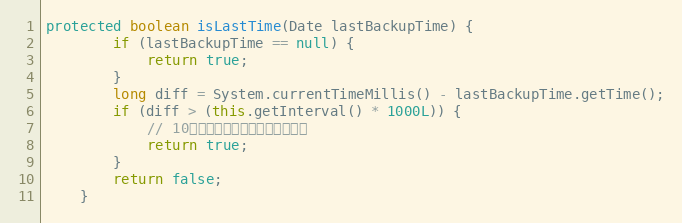
Language: Java
protected boolean isLastTime(Date lastBackupTime) {
		if (lastBackupTime == null) {
			return true;
		}
		long diff = System.currentTimeMillis() - lastBackupTime.getTime();
		if (diff > (this.getInterval() * 1000L)) {
			// 10分钟前的时间算是上次备份时间
			return true;
		}
		return false;
	}